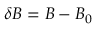
\delta \boldsymbol { B } = \boldsymbol { B } - \boldsymbol { B _ { 0 } }